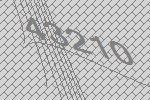
43210